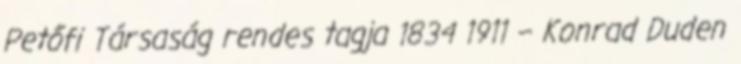
Petőfi Társaság rendes tagja 1834 1911 – Konrad Duden